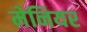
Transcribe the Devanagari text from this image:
मेनियर